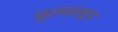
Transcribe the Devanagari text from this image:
फुलपाखरूचा